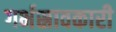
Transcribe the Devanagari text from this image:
गर्भस्रावकारी